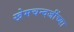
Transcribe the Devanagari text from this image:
खेमचन्दजींच्या